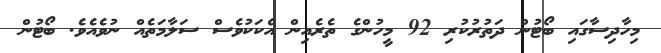
މިހާދިސާގައި ބޯޓުން ދަތުރުކުރި 92 މީހުންގެ ތެރެއިން އެކަކުވެސް ސަލާމަތެއް ނުވެއެވެ. ބޯޓުން